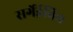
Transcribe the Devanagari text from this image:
सर्गेईविच